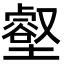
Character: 壑